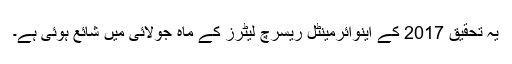
یہ تحقیق 2017 کے اینوائرمینٹل ریسرچ لیٹرز کے ماہِ جولائی میں شائع ہوئی ہے۔